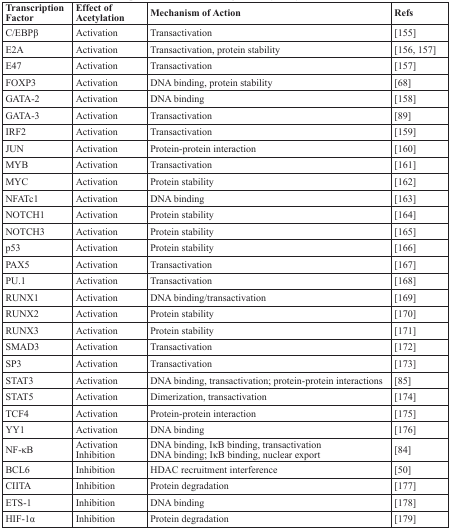
<table><thead><tr><td><b>Transcription Factor</b></td><td><b>Effect of Acetylation</b></td><td><b>Mechanism of Action</b></td><td><b>Refs</b></td></tr></thead><tbody><tr><td>C/EBPβ</td><td>Activation</td><td>Transactivation</td><td>[155]</td></tr><tr><td>E2A</td><td>Activation</td><td>Transactivation, protein stability</td><td>[156, 157]</td></tr><tr><td>E47</td><td>Activation</td><td>Transactivation</td><td>[157]</td></tr><tr><td>FOXP3</td><td>Activation</td><td>DNA binding, protein stability</td><td>[68]</td></tr><tr><td>GATA-2</td><td>Activation</td><td>DNA binding</td><td>[158]</td></tr><tr><td>GATA-3</td><td>Activation</td><td>Transactivation</td><td>[89]</td></tr><tr><td>IRF2</td><td>Activation</td><td>Transactivation</td><td>[159]</td></tr><tr><td>JUN</td><td>Activation</td><td>Protein-protein interaction</td><td>[160]</td></tr><tr><td>MYB</td><td>Activation</td><td>Transactivation</td><td>[161]</td></tr><tr><td>MYC</td><td>Activation</td><td>Protein stability</td><td>[162]</td></tr><tr><td>NFATc1</td><td>Activation</td><td>DNA binding</td><td>[163]</td></tr><tr><td>NOTCH1</td><td>Activation</td><td>Protein stability</td><td>[164]</td></tr><tr><td>NOTCH3</td><td>Activation</td><td>Protein stability</td><td>[165]</td></tr><tr><td>p53</td><td>Activation</td><td>Protein stability</td><td>[166]</td></tr><tr><td>PAX5</td><td>Activation</td><td>Transactivation</td><td>[167]</td></tr><tr><td>PU.1</td><td>Activation</td><td>Transactivation</td><td>[168]</td></tr><tr><td>RUNX1</td><td>Activation</td><td>DNA binding/transactivation</td><td>[169]</td></tr><tr><td>RUNX2</td><td>Activation</td><td>Protein stability</td><td>[170]</td></tr><tr><td>RUNX3</td><td>Activation</td><td>Protein stability</td><td>[171]</td></tr><tr><td>SMAD3</td><td>Activation</td><td>Transactivation</td><td>[172]</td></tr><tr><td>Sp3</td><td>Activation</td><td>Transactivation</td><td>[173]</td></tr><tr><td>STAT3</td><td>Activation</td><td>DNA binding, transactivation; protein-protein interactions</td><td>[85]</td></tr><tr><td>STAT5</td><td>Activation</td><td>Dimerization, transactivation</td><td>[174]</td></tr><tr><td>TCF4</td><td>Activation</td><td>Protein-protein interaction</td><td>[175]</td></tr><tr><td>YY1</td><td>Activation</td><td>DNA binding</td><td>[176]</td></tr><tr><td>NF-κB</td><td>ActivationInhibition</td><td>DNA binding, IκB binding, transactivationDNA binding; IκB binding, nuclear export</td><td>[84]</td></tr><tr><td>BCL6</td><td>Inhibition</td><td>HDAC recruitment interference</td><td>[50]</td></tr><tr><td>CIITA</td><td>Inhibition</td><td>Protein degradation</td><td>[177]</td></tr><tr><td>ETS-1</td><td>Inhibition</td><td>DNA binding</td><td>[178]</td></tr><tr><td>HIF-1α</td><td>Inhibition</td><td>Protein degradation</td><td>[179]</td></tr></tbody></table>